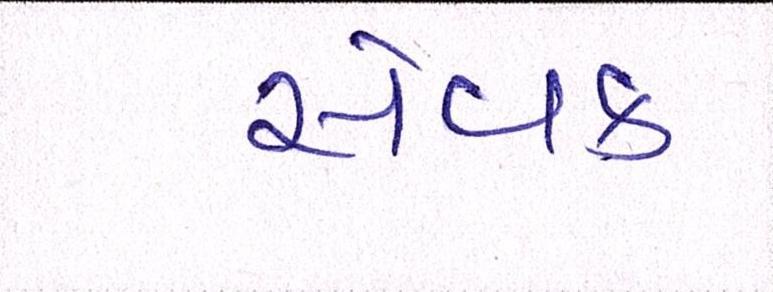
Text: સેવક